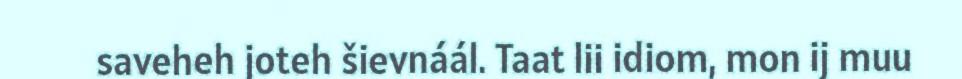
saveheh joteh šievnáál. Taat lii idiom, mon ij muu